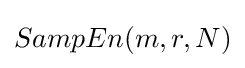
SampEn(m,r,N)